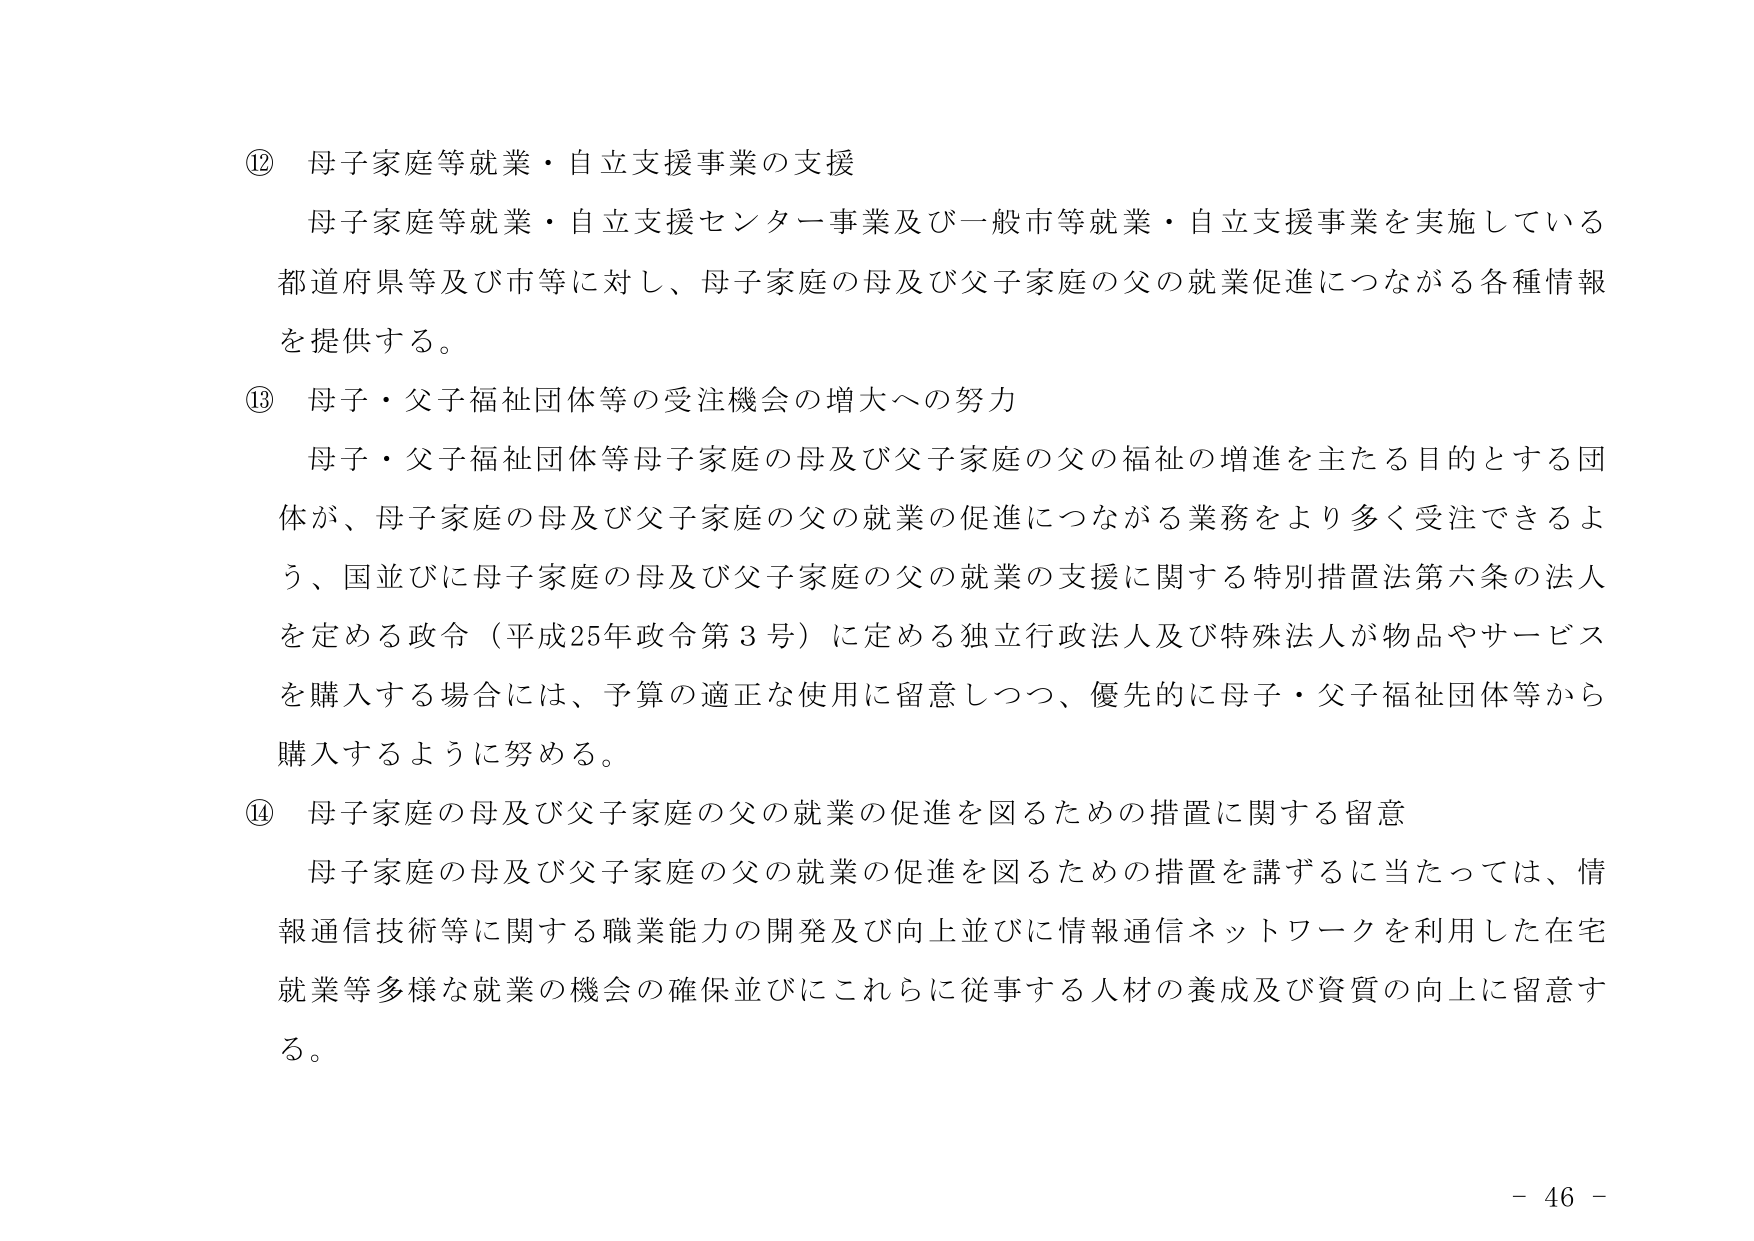
⑫ 母子家庭等就業・自立支援事業の支援
母子家庭等就業・自立支援センター事業及び一般市等就業・自立支援事業を実施している
都道府県等及び市等に対し、母子家庭の母及び父子家庭の父の就業促進につながる各種情報
を提供する。

⑬ 母子・父子福祉団体等の受注機会の増大への努力
母子・父子福祉団体等母子家庭の母及び父子家庭の父の福祉の増進を主たる目的とする団
体が、母子家庭の母及び父子家庭の父の就業の促進につながる業務をより多く受注できるよ
う、国並びに母子家庭の母及び父子家庭の父の就業の支援に関する特別措置法第六条の法人
を定める政令（平成25年政令第3号）に定める独立行政法人及び特殊法人が物品やサービス
を購入する場合には、予算の適正な使用に留意しつつ、優先的に母子・父子福祉団体等から
購入するように努める。

⑭ 母子家庭の母及び父子家庭の父の就業の促進を図るための措置に関する留意
母子家庭の母及び父子家庭の父の就業の促進を図るための措置を講ずるに当たっては、情
報通信技術等に関する職業能力の開発及び向上並びに情報通信ネットワークを利用した在宅
就業等多様な就業の機会の確保並びにこれらに従事する人材の養成及び資質の向上に留意す
る。

- 46 -